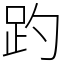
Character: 趵